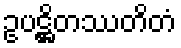
ဥပဋ္ဌိတဿတိတံ